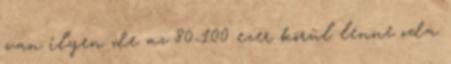
van ilyen de az 80-100 ezer körül lenne oda